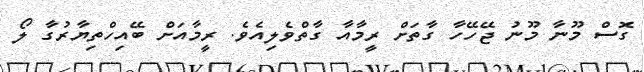
ގޮސް މޫނާ މޫނު ޖޭހޭހާ ގާތަށް ރީމާއާ ގާތްވެލިއެވެ. ރީމާއަށް ބޭއިހްތިޔާރުގާ ލޯ